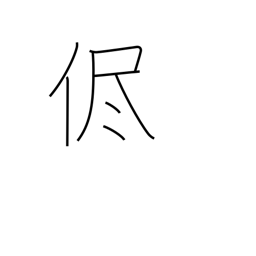
Meaning: as it is